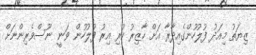
ޒިޔަތު މިއަދު ފުލުހުންގެއިދާރާ އަށް ހާޒިރު ކުރި އިރު ފުލުހުން ވަނީ ނޫސްވެރިންނަށް